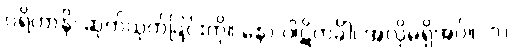
ပရိဟာနိ၊ ဆုတ်ယုတ်ခြင်းကို။ နော ပါဋိကင်္ခါ၊ အလိုမရှိအပ်။ (၁)